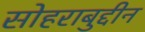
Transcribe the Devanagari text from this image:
सोहराबुद्दीन